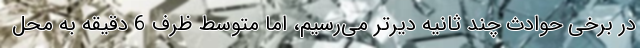
در برخی حوادث چند ثانیه دیرتر می‌رسیم، اما متوسط ظرف 6 دقیقه به محل